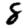
Digit: 8